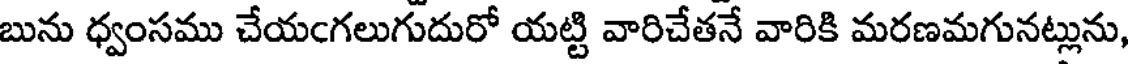
బును ధ్వంసము చేయఁగలుగుదురో యట్టి వారిచేతనే వారికి మరణమగునట్లును,